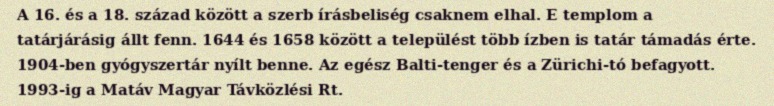
A 16. és a 18. század között a szerb írásbeliség csaknem elhal. E templom a tatárjárásig állt fenn. 1644 és 1658 között a települést több ízben is tatár támadás érte. 1904-ben gyógyszertár nyílt benne. Az egész Balti-tenger és a Zürichi-tó befagyott. 1993-ig a Matáv Magyar Távközlési Rt.